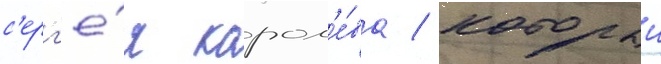
с'ерг'е́я корол'е́ва / которыи